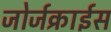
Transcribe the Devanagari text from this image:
जोर्जक्राईस